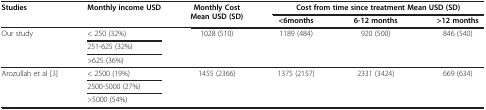
| <ROWSPAN=2> Studies | <ROWSPAN=2> Monthly income USD | <ROWSPAN=2> Monthly Cost Mean USD (SD) | <COLSPAN=3> Cost from time since treatment Mean USD (SD) |
 | <6months | 6-12 months | >12 months |
 | --- | --- | --- | --- | --- | --- |
 | <ROWSPAN=3> Our study | < 250 (32%) | <ROWSPAN=3> 1028 (510) | <ROWSPAN=3> 1189 (484) | <ROWSPAN=3> 920 (500) | <ROWSPAN=3> 846 (540) |
 | 251-625 (32%) |
 | >625 (36%) |
 | <ROWSPAN=3> Arozullah et al[3] | < 2500 (19%) | <ROWSPAN=3> 1455 (2366) | <ROWSPAN=3> 1375 (2157) | <ROWSPAN=3> 2331 (3424) | <ROWSPAN=3> 669 (634) |
 | 2500-5000 (27%) |
 | >5000 (54%) |